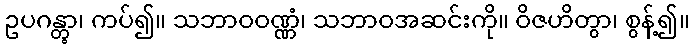
ဥပဂန္တွာ၊ ကပ်၍။ သဘာဝဝဏ္ဏံ၊ သဘာဝအဆင်းကို။ ဝိဇဟိတွာ၊ စွန့်၍။